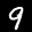
Label: 9